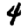
Digit: 4